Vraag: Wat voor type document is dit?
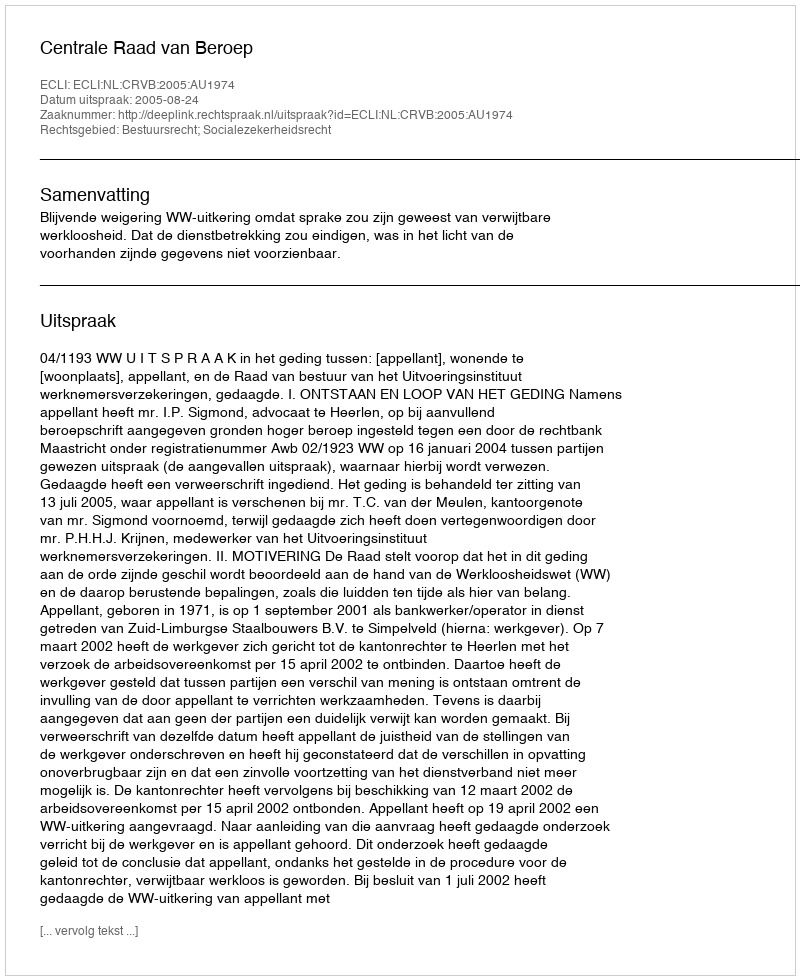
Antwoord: Uitspraak